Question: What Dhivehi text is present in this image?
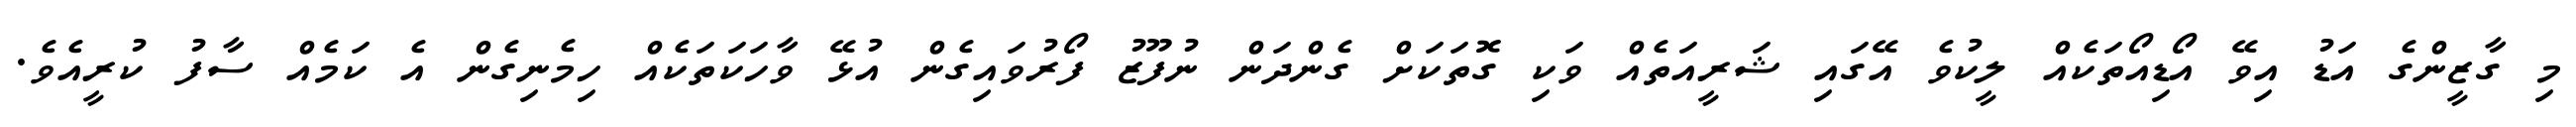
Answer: މި ގާޒީންގެ އަޑު އިވޭ އޯޑިއޯތަކެއް ލީކުވެ އޭގައި ޝަރީއަތެއް ވަކި ގޮތަކަށް ގެންދަން ނުފޫޒު ފޯރުވައިގެން އުޅޭ ވާހަކަތަކެއް ހިމެނިގެން އެ ކަމެއް ސާފު ކުރީއެވެ.